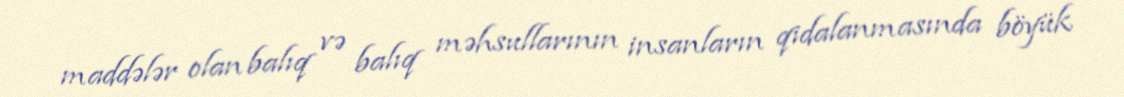
maddələr olan balıq və balıq məhsullarının insanların qidalanmasında böyük